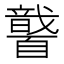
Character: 𱳓